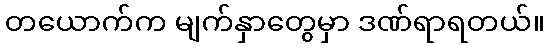
တယောက်က မျက်နှာတွေမှာ ဒဏ်ရာရတယ်။